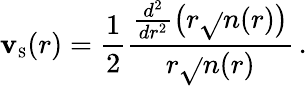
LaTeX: \mathbf{v}_{\scriptscriptstyle\mathrm{{S}}}(r)=\frac{{1}}{{2}}\frac{{\frac{{d^{2}}}{{dr^{2}}}\big(r\sqrt{}{{n(r)}}\big)}}{{r\sqrt{}{{n(r)}}}}\, .